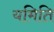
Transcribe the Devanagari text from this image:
यमिति